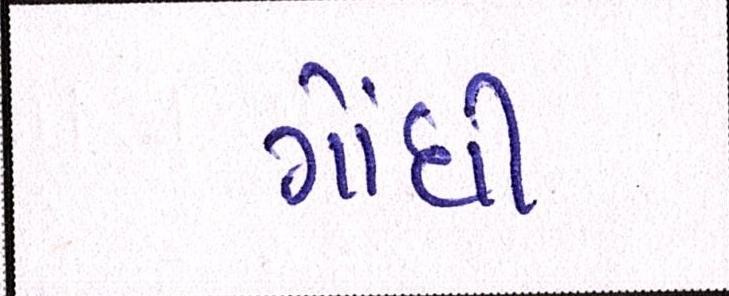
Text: ગોંધી